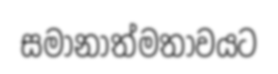
සමානාත්මතාවයට